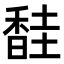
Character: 𫗼